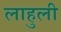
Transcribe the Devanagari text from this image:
लाहुली